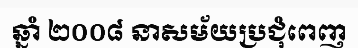
ឆ្នាំ ២០០៨ នាសម័យប្រជុំពេញ